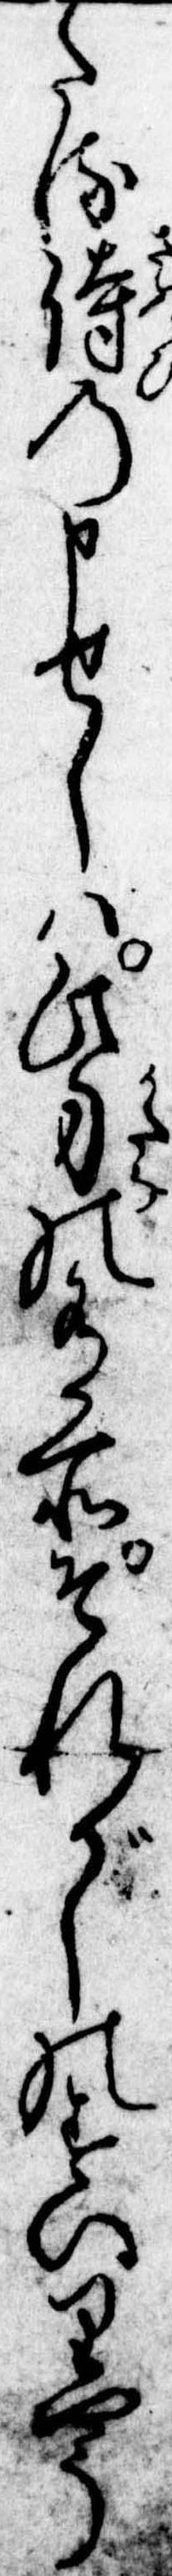
たる侍の申せしは此刀の有所それがしのすいりやう